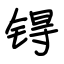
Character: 锝